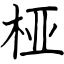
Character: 桠